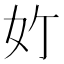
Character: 𪥥